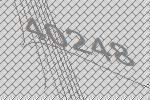
40248